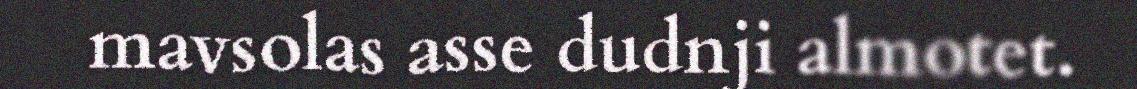
mavsolas asse dudnji almotet.